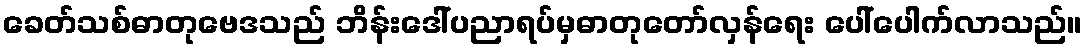
ခေတ်သစ်ဓာတုဗေဒသည် ဘိန်းဒေါ်ပညာရပ်မှဓာတုတော်လှန်ရေး ပေါ်ပေါက်လာသည်။